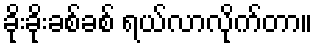
ခိုးခိုးခစ်ခစ် ရယ်လာလိုက်တာ။